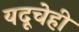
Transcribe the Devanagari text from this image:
यदूचेही